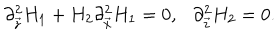
\partial _ { \vec { z } } ^ { 2 } H _ { 1 } + H _ { 2 } \partial _ { \vec { x } } ^ { 2 } H _ { 1 } = 0 , \ \ \ \partial _ { \vec { z } } ^ { 2 } H _ { 2 } = 0 .